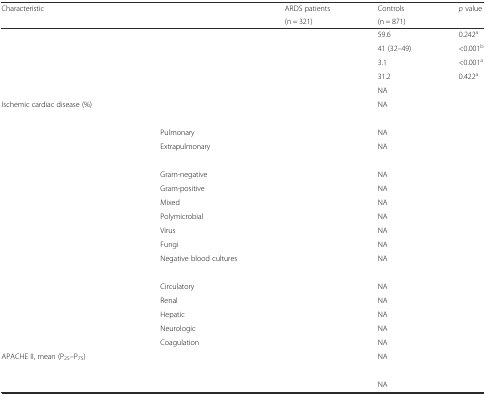
<table><thead><tr><td colspan="2" rowspan="2"><b>Characteristic</b></td><td><b>ARDS patients</b></td><td><b>Controls</b></td><td rowspan="2"><b><i>p</i> value</b></td></tr><tr><td><b>(n = 321)</b></td><td><b>(n = 871)</b></td></tr></thead><tbody><tr><td>[EMPTY_CELL]</td><td>[EMPTY_CELL]</td><td>[EMPTY_CELL]</td><td>59.6</td><td>0.242<sup>a</sup></td></tr><tr><td>[EMPTY_CELL]</td><td>[EMPTY_CELL]</td><td>[EMPTY_CELL]</td><td>41 (32–49)</td><td>&lt;0.001<sup>b</sup></td></tr><tr><td>[EMPTY_CELL]</td><td>[EMPTY_CELL]</td><td>[EMPTY_CELL]</td><td>3.1</td><td>&lt;0.001<sup>a</sup></td></tr><tr><td>[EMPTY_CELL]</td><td>[EMPTY_CELL]</td><td>[EMPTY_CELL]</td><td>31.2</td><td>0.422<sup>a</sup></td></tr><tr><td>[EMPTY_CELL]</td><td>[EMPTY_CELL]</td><td>[EMPTY_CELL]</td><td>NA</td><td>[EMPTY_CELL]</td></tr><tr><td>Ischemic cardiac disease (%)</td><td>[EMPTY_CELL]</td><td>[EMPTY_CELL]</td><td>NA</td><td>[EMPTY_CELL]</td></tr><tr><td>[EMPTY_CELL]</td><td>[EMPTY_CELL]</td><td>[EMPTY_CELL]</td><td>[EMPTY_CELL]</td><td>[EMPTY_CELL]</td></tr><tr><td>[EMPTY_CELL]</td><td>Pulmonary</td><td>[EMPTY_CELL]</td><td>NA</td><td>[EMPTY_CELL]</td></tr><tr><td>[EMPTY_CELL]</td><td>Extrapulmonary</td><td>[EMPTY_CELL]</td><td>NA</td><td>[EMPTY_CELL]</td></tr><tr><td>[EMPTY_CELL]</td><td>[EMPTY_CELL]</td><td>[EMPTY_CELL]</td><td>[EMPTY_CELL]</td><td>[EMPTY_CELL]</td></tr><tr><td>[EMPTY_CELL]</td><td>Gram-negative</td><td>[EMPTY_CELL]</td><td>NA</td><td>[EMPTY_CELL]</td></tr><tr><td>[EMPTY_CELL]</td><td>Gram-positive</td><td>[EMPTY_CELL]</td><td>NA</td><td>[EMPTY_CELL]</td></tr><tr><td>[EMPTY_CELL]</td><td>Mixed</td><td>[EMPTY_CELL]</td><td>NA</td><td>[EMPTY_CELL]</td></tr><tr><td>[EMPTY_CELL]</td><td>Polymicrobial</td><td>[EMPTY_CELL]</td><td>NA</td><td>[EMPTY_CELL]</td></tr><tr><td>[EMPTY_CELL]</td><td>Virus</td><td>[EMPTY_CELL]</td><td>NA</td><td>[EMPTY_CELL]</td></tr><tr><td>[EMPTY_CELL]</td><td>Fungi</td><td>[EMPTY_CELL]</td><td>NA</td><td>[EMPTY_CELL]</td></tr><tr><td>[EMPTY_CELL]</td><td>Negative blood cultures</td><td>[EMPTY_CELL]</td><td>NA</td><td>[EMPTY_CELL]</td></tr><tr><td>[EMPTY_CELL]</td><td>[EMPTY_CELL]</td><td>[EMPTY_CELL]</td><td>[EMPTY_CELL]</td><td>[EMPTY_CELL]</td></tr><tr><td>[EMPTY_CELL]</td><td>Circulatory</td><td>[EMPTY_CELL]</td><td>NA</td><td>[EMPTY_CELL]</td></tr><tr><td>[EMPTY_CELL]</td><td>Renal</td><td>[EMPTY_CELL]</td><td>NA</td><td>[EMPTY_CELL]</td></tr><tr><td>[EMPTY_CELL]</td><td>Hepatic</td><td>[EMPTY_CELL]</td><td>NA</td><td>[EMPTY_CELL]</td></tr><tr><td>[EMPTY_CELL]</td><td>Neurologic</td><td>[EMPTY_CELL]</td><td>NA</td><td>[EMPTY_CELL]</td></tr><tr><td>[EMPTY_CELL]</td><td>Coagulation</td><td>[EMPTY_CELL]</td><td>NA</td><td>[EMPTY_CELL]</td></tr><tr><td>APACHE II, mean (P<sub>25</sub>–P<sub>75</sub>)</td><td>[EMPTY_CELL]</td><td>[EMPTY_CELL]</td><td>NA</td><td>[EMPTY_CELL]</td></tr><tr><td>[EMPTY_CELL]</td><td>[EMPTY_CELL]</td><td>[EMPTY_CELL]</td><td>[EMPTY_CELL]</td><td>[EMPTY_CELL]</td></tr><tr><td>[EMPTY_CELL]</td><td>[EMPTY_CELL]</td><td>[EMPTY_CELL]</td><td>NA</td><td>[EMPTY_CELL]</td></tr></tbody></table>